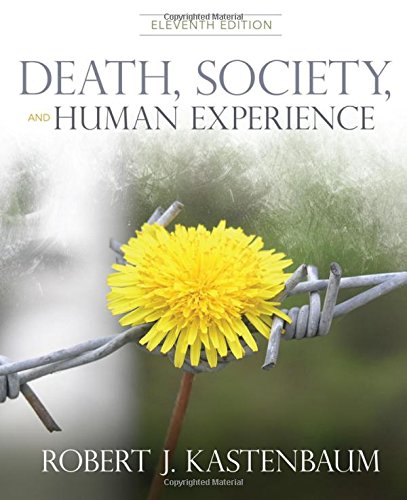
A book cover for Death, Society, and Human Experience; Robert J. Kastenbaum; Politics & Social Sciences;